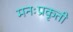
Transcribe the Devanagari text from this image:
मनःप्रकृती